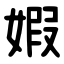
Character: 婽